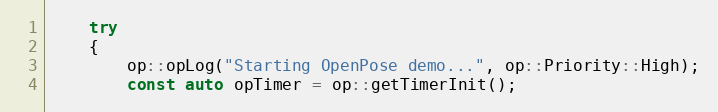
Language: C++
    try
    {
        op::opLog("Starting OpenPose demo...", op::Priority::High);
        const auto opTimer = op::getTimerInit();